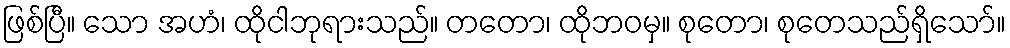
ဖြစ်ပြီ။ သော အဟံ၊ ထိုငါဘုရားသည်။ တတော၊ ထိုဘဝမှ။ စုတော၊ စုတေသည်ရှိသော်။